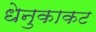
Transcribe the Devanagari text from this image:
धेनुकाकट